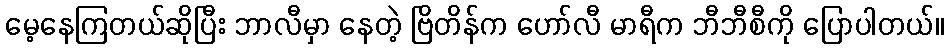
မေ့နေကြတယ်ဆိုပြီး ဘာလီမှာ နေတဲ့ ဗြိတိန်က ဟော်လီ မာရီက ဘီဘီစီကို ပြောပါတယ်။